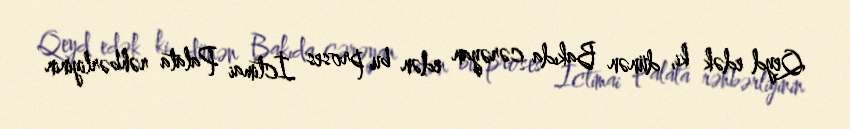
Qeyd edək ki, dünən Bakıda cərəyan edən bu proses İctimai Palata rəhbərliyinin